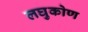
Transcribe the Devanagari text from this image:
लघुकोण